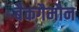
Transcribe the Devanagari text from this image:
बैकगैमौन